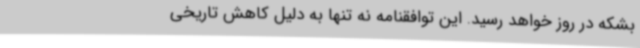
بشکه در روز خواهد رسید. این توافقنامه نه تنها به دلیل کاهش تاریخی